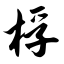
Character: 桴